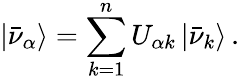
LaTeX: |\bar{\nu}_{\alpha}\rangle=\sum_{k=1}^{n}U_{{\alpha}k}\, |\bar{\nu}_{k}\rangle\, .